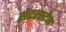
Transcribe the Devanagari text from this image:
सेंटरस्टेज